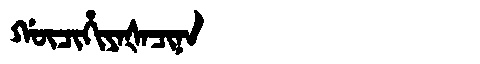
Manchu: ᡤᡡᠴᡳᡥᡳᠶᠠᡧᠠᠴᡳᠨᠠ
Romanization: GŪCIHIYAŠACINA